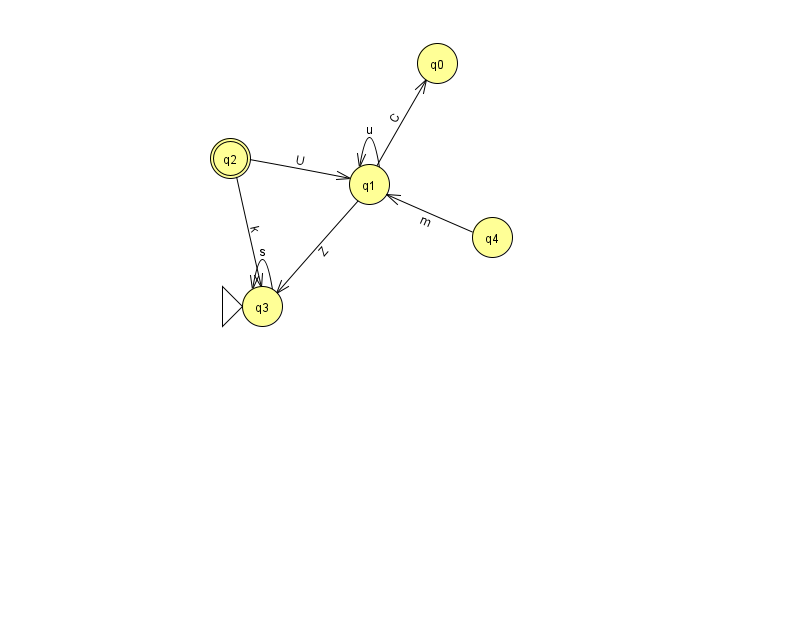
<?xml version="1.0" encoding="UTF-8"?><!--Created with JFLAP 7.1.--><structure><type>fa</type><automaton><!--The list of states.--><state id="0" name="q0"><x>437.0</x><y>50.0</y></state><state id="1" name="q1"><x>369.0</x><y>171.0</y></state><state id="2" name="q2"><x>230.0</x><y>145.0</y><final/></state><state id="3" name="q3"><x>262.0</x><y>293.0</y><initial/></state><state id="4" name="q4"><x>492.0</x><y>224.0</y></state><!--The list of transitions.--><transition><from>1</from><to>0</to><read>C</read></transition><transition><from>1</from><to>3</to><read>Z</read></transition><transition><from>3</from><to>3</to><read>s</read></transition><transition><from>1</from><to>1</to><read>u</read></transition><transition><from>2</from><to>1</to><read>U</read></transition><transition><from>4</from><to>1</to><read>m</read></transition><transition><from>2</from><to>3</to><read>k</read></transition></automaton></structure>